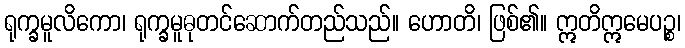
ရုက္ခမူလိကော၊ ရုက္ခမူဓုတင်ဆောက်တည်သည်။ ဟောတိ၊ ဖြစ်၏။ ဣတိဣမေပဉ္စ၊